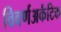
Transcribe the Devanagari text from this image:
विवर्णअर्कटिक